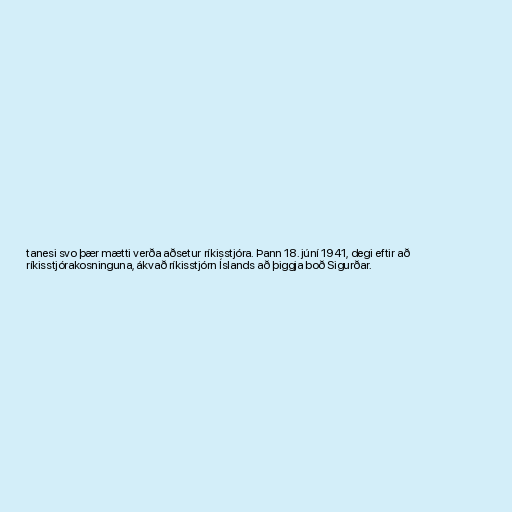
tanesi svo þær mætti verða aðsetur ríkisstjóra. Þann 18. júní 1941, degi eftir að
ríkisstjórakosninguna, ákvað ríkisstjórn Íslands að þiggja boð Sigurðar.